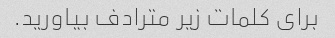
برای کلمات زیر مترادف بیاورید.